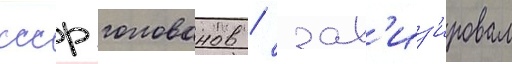
ссср голованов / зав'из'ировал